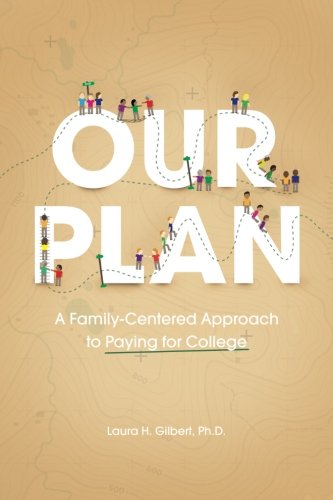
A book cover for Our Plan: A Family-Centered Approach to Paying for College; Laura H. Gilbert; Business & Money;